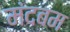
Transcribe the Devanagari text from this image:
मंदबम